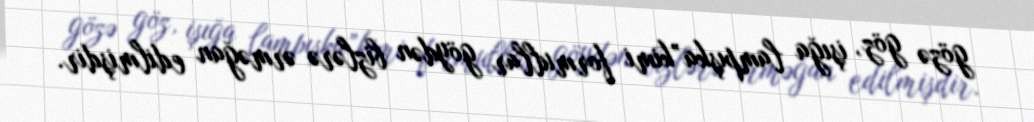
gözə göz, işığa lampışka”kimi formullar göydən bizlərə ərməğan edilmişdir.